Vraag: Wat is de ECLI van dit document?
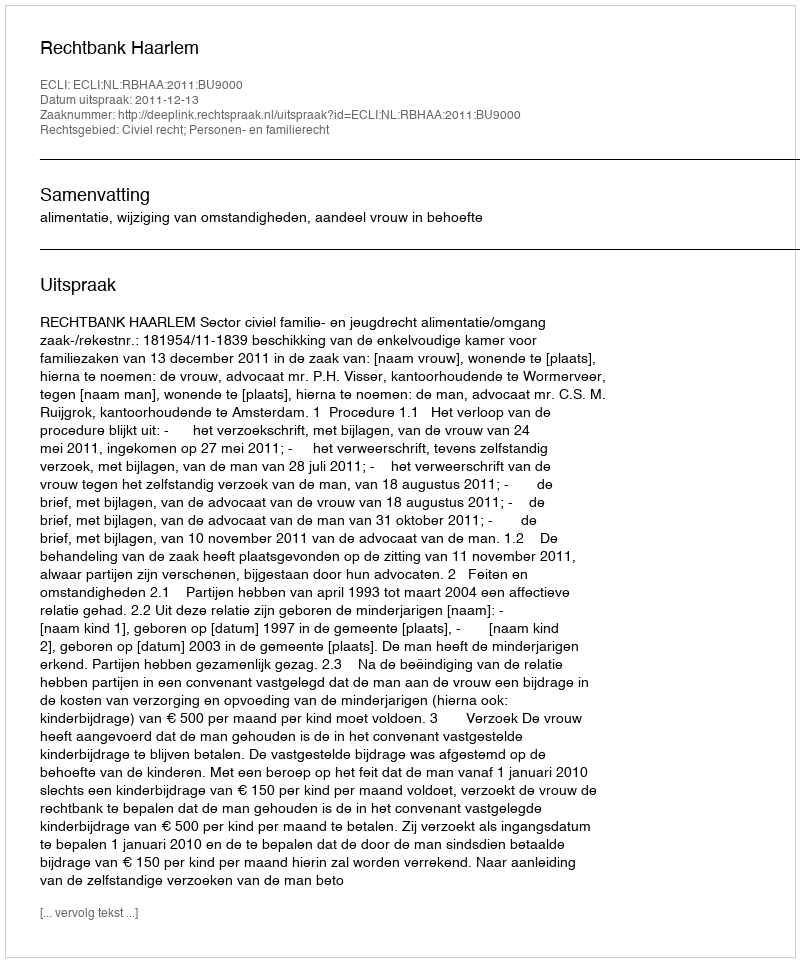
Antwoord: ECLI:NL:RBHAA:2011:BU9000